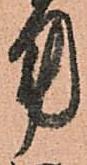
用